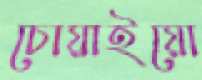
চোয়াইয়ো